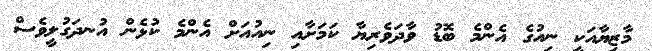
މާޒިޔާއަކީ ނިއުގެ އެންމެ ބޮޑު ވާދަވެރިޔާ ކަމަށާއި ނިއުއަށް އެންމެ ކުޅެން އުނދަގުލީވެސް